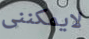
لايمكننى